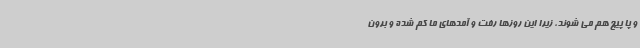
و پا پیچ هم می شوند، زیرا این روزها رفت و آمدهای ما کم شده و برون